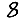
Digit: 8